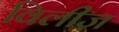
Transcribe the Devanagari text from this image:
विलीज़